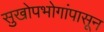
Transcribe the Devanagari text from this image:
सुखोपभोगांपासून